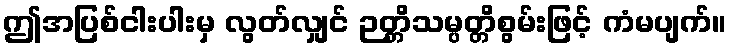
ဤအပြစ်ငါးပါးမှ လွတ်လျှင် ဉတ္တိသမ္ပတ္တိစွမ်းဖြင့် ကံမပျက်။